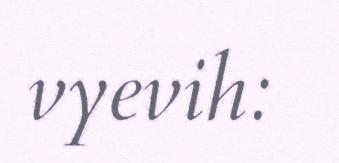
vyevih: